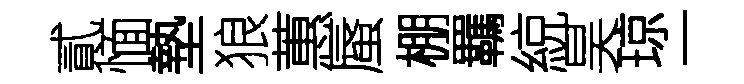
貳愐墊狼蕙蜃棚羈綂昊琼一